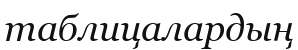
таблицалардың